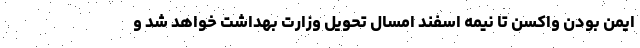
ایمن بودن واکسن تا نیمه اسفند امسال تحویل وزارت بهداشت خواهد شد و